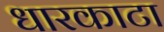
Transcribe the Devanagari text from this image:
धारकाटा